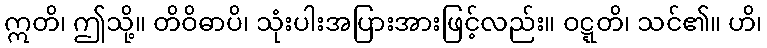
ဣတိ၊ ဤသို့။ တိဝိဓာပိ၊ သုံးပါးအပြားအားဖြင့်လည်း။ ဝဋ္ဋတိ၊ သင်၏။ ဟိ၊